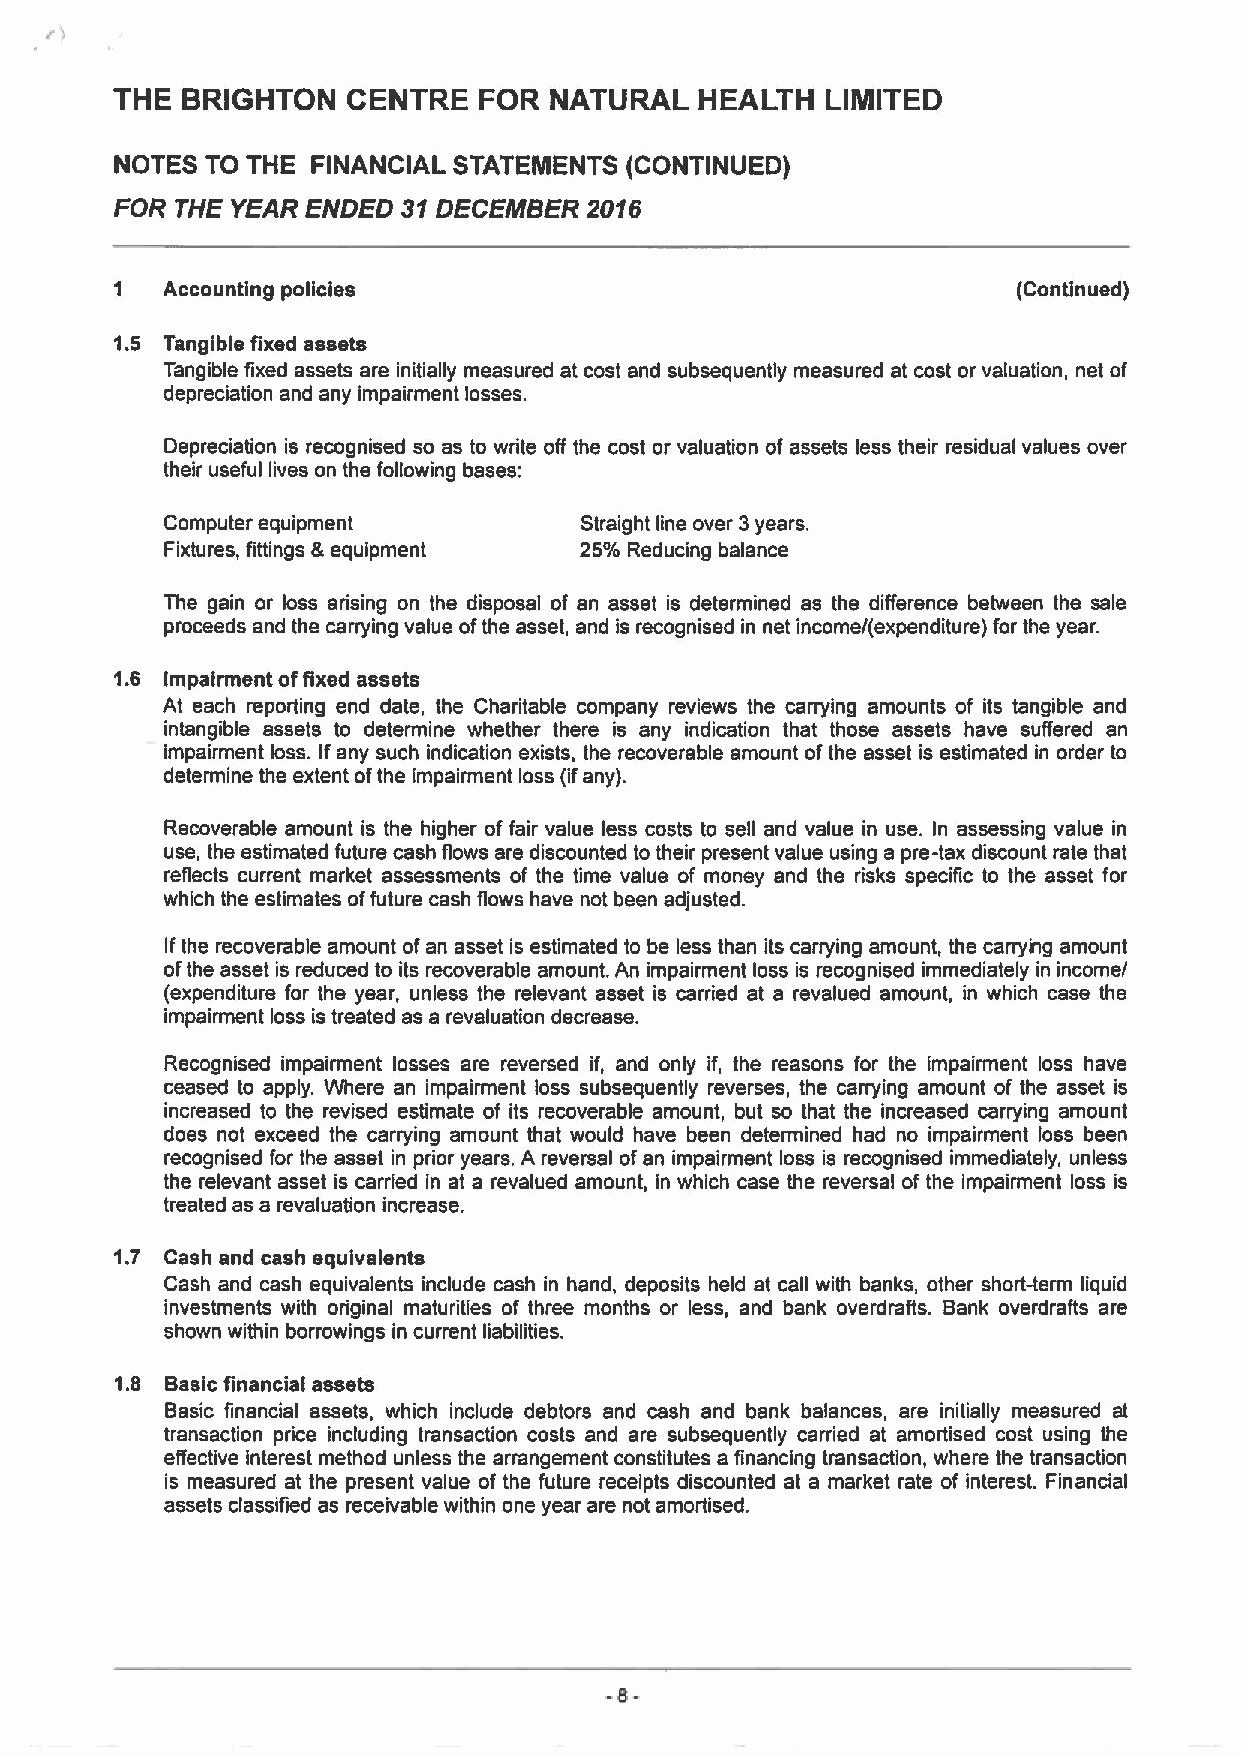
THE  BRIGHTON   CENTRE   FOR NATURAL   HEALTH   LIMITED
 NOTES TO THE FINANCIAL STATEMENTS (CONTINUED)
 FOR THE YEAR ENDED 31DECEMBER  2016
 Accounting policies                                     (Continued)
 1.5 Tangible fixed assets
 Tangible fixed assets are initially measured at cost and subsequently measured at cost or valuation, net of
 depreciation and any impairment losses.
 Depreciation is recognised so as to write off the cost or valuation of assets less their residual values over
 their useful lives on the following bases:
 Computer equipment         Straight line over 3years.
 Fixtures, fittings &equipment 25% Reducing balance
 The gain or loss arising on the disposal of an asset is determined as the difference between the sale
 proceeds and the carrying value ofthe asset, and is recognised in net income/(expenditure) for the year.
 1.6 Impairment offixed assets
 At each reporting end date, the Charitable company reviews the carrying amounts of its tangible and
 intangible assets to determine whether there is any indication that those assets have suffered an
 impairment loss. Ifany such indication exists, the recoverable amount ofthe asset is estimated in order to
 determine the extent ofthe impairment loss (ifany).
 Recoverable amount is the higher of fair value less costs to sell and value in use. In assessing value in
 use, the estimated future cash flows are discounted to their present value using a pre-tax discount rate that
 reflects current market assessments of the time value of money and the risks specific to the asset for
 which the estimates offuture cash flows have not been adjusted.
 Ifthe recoverable amount ofan asset is estimated to be less than its canying amount, the carrybg amount
 ofthe asset is reduced to its recoverable amount. An impairment loss is recognised immediately in income/
 (expenditure for the year, unless the relevant asset is carried at a revalued amount, in which case the
 impairment loss is treated as a revaluation decrease.
 Recognised impairment losses are reversed if, and only if, the reasons for the impairment loss have
 ceased to apply. Where an impairment loss subsequently reverses, the carrying amount of the asset is
 increased to the revised estimate of its recoverable amount, but so that the increased carrying amount
 does not exceed the carrying amount that would have been determined had no impairment loss been
 recognised for the asset in prior years. A reversal ofan impairment loss is recognised immediately, unless
 the relevant asset is carried in at a revalued amount, in which case the reversal of the impairment loss is
 treated as a revaluation increase.
 1.7 Cash and cash equivalents
 Cash and cash equivalents include cash in hand, deposits held at call with banks, other short-term liquid
 investments with original maturities of three months or less, and bank overdrafts. Bank overdrafts are
 shown within borrowings in current liabilities.
 1.8 Basicfinancial assets
 Basic financial assets, which include debtors and cash and bank balances, are initially measured at
 transaction price including transaction costs and are subsequently carried at amortised cost using the
 effective interest method unless the arrangement constitutes a financing transaction, where the transaction
 is measured at the present value of the future receipts discounted at a market rate of interest. Financial
 assets classified as receivable within one year are not amortised.